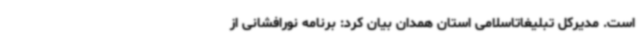
است. مدیرکل تبلیغاتاسلامی استان همدان بیان کرد: برنامه نورافشانی از